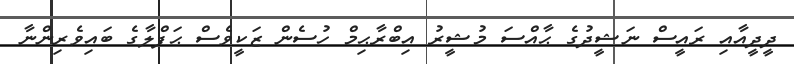
ދީދީއާއި ރައީސް ނަޝީދުގެ ޙާއްސަ މުޝީރު އިބްރާޙިމް ހުސެން ޒަކީވެސް ޙަފްލާގެ ބައިވެރިންނާ